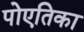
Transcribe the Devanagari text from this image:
पोएतिका